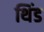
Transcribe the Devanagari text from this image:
थिंड